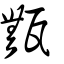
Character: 甒